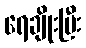
ရေချိုးပြီး